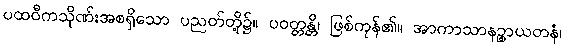
ပထဝီကသိုဏ်းအစရှိသော ပညတ်တို့၌။ ပဝတ္တန္တိ၊ ဖြစ်ကုန်၏။ အာကာသာနဉ္စာယတနံ၊